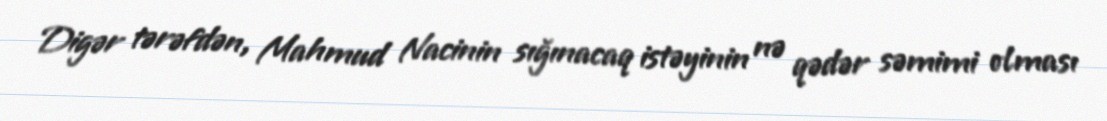
Digər tərəfdən, Mahmud Nacinin sığınacaq istəyinin nə qədər səmimi olması